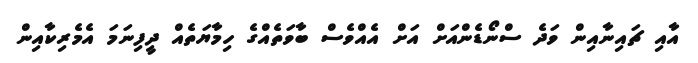
އާއި ޗައިނާއިން ވަދެ ސްނޯޑެންއަށް އަށް އެއްވެސް ބާވަތެއްގެ ހިމާޔަތެއް ދީފިނަމަ އެމެރިކާއިން